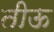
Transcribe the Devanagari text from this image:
तीऊ